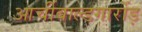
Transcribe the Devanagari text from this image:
आर्चीबाल्डगार्रोड़